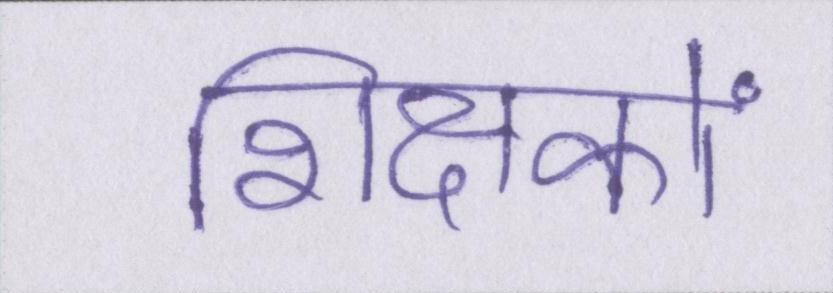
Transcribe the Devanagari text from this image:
शिक्षकों